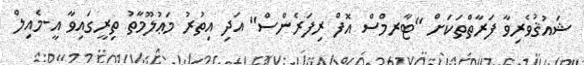
ޝައުޤުވެރިވާ ފަރާތްތަކަށް "ޓާރމްސް އޮފް ރިފަރެންސް" އަދި އިތުރު މަޢުލޫމާތު ތިރީގައިވާ އީ-މެއިލް